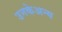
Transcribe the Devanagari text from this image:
उनकेअन्य